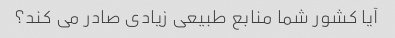
آیا کشور شما منابع طبیعی زیادی صادر می کند؟